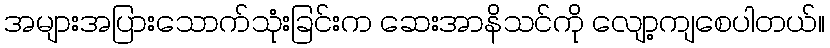
အများအပြားသောက်သုံးခြင်းက ဆေးအာနိသင်ကို လျော့ကျစေပါတယ်။